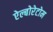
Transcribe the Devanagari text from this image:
ऐल्बोरेटोम